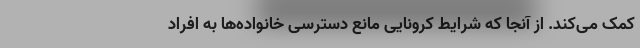
کمک می‌کند. از آنجا که شرایط کرونایی مانع دسترسی خانواده‌ها به افراد